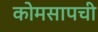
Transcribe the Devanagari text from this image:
कोमसापची